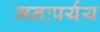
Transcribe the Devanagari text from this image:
मनःपर्यय